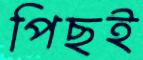
পিছই